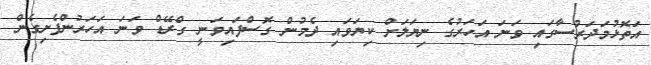
އަތޮޅުމަދަރުސާގައި ވަނަ އަހަރުގެ ނިޔަލަށް ކިޔަވައި ދެމުން ގޮސްފައިވަނީ ގްރޭޑް ވަނަ އަހަރުންފެށިގެން